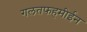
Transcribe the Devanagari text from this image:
गलतफहमीईन